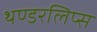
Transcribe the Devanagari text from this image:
थण्डरलिप्स